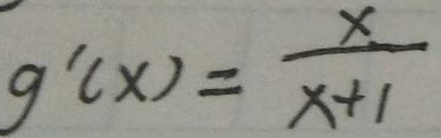
g ^ { \prime } ( x ) = \frac { x } { x + 1 }